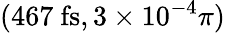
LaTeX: (467~\mathrm{fs},3\times 10^{-4}\pi)